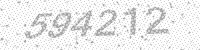
Solution: 594212